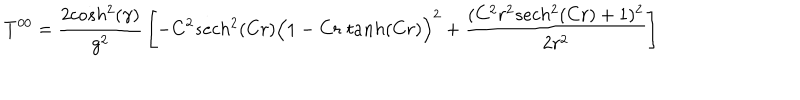
T ^ { 0 0 } = { \frac { 2 c o s h ^ { 2 } ( \gamma ) } { g ^ { 2 } } } \left[ - C ^ { 2 } s e c h ^ { 2 } ( C r ) \Big ( 1 - C r \; t a n h ( C r ) \Big ) ^ { 2 } + { \frac { ( C ^ { 2 } r ^ { 2 } s e c h ^ { 2 } ( C r ) + 1 ) ^ { 2 } } { 2 r ^ { 2 } } } \right]